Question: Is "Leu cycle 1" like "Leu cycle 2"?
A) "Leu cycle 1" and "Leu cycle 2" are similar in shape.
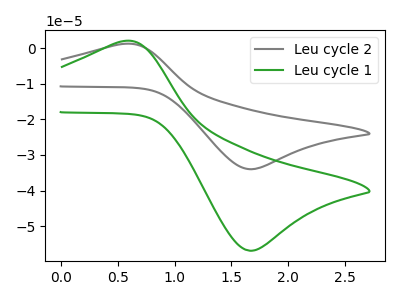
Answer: <think>The gray curve "Leu cycle 2" has an anodic peak at (0.55V, 1.15uA) and a cathodic peak at (1.70V, -34.00uA). The green curve "Leu cycle 1" has an anodic peak at (0.55V, 1.95uA) and a cathodic peak at (1.70V, -56.90uA).
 All the peaks in "Leu cycle 1" have a peak in "Leu cycle 2" at the same potential. Every peak in "Leu cycle 1" is higher than every peak in "Leu cycle 2".</think>
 <answer>A) "Leu cycle 1" and "Leu cycle 2" are similar in shape.</answer>
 <eval>A</eval>